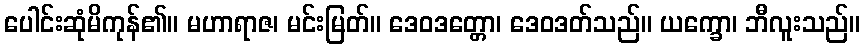
ပေါင်းဆုံမိကုန်၏။ မဟာရာဇ၊ မင်းမြတ်။ ဒေဝဒတ္တော၊ ဒေဝဒတ်သည်။ ယက္ခော၊ ဘီလူးသည်။